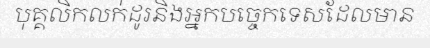
បុគ្គលិកលក់ដូរនិងអ្នកបច្ចេកទេសដែលមាន